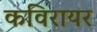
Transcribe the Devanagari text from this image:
कविरायर